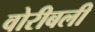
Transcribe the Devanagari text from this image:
वोरीबली